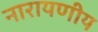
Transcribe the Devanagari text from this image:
नारायणीय